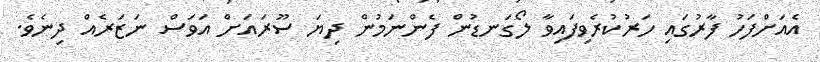
އެއަށްފަހު ފާރުގައި ހަރުކުރެވިފައިވާ ލޯގަނޑުން ފެންނަމުން ދިޔަ ސޫރައަށް އަވަސް ނަޒަރެއް ދިނެވެ.